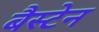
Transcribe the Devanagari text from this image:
बैस्टेन